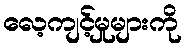
လေ့ကျင့်မှုများကို